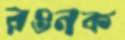
রওনক